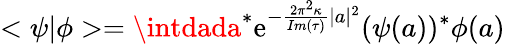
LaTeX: <\psi|\phi>=\intdada^{*}\mathrm{e}^{-{\frac{{2\pi^{2}\kappa}}{{Im(\tau)}}}|a|^{2}}(\psi(a))^{*}\phi(a)